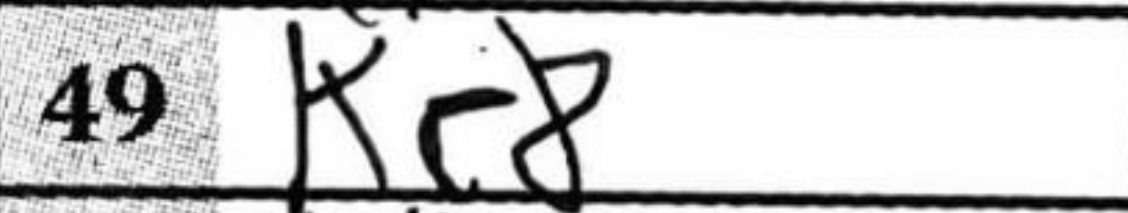
Transcription: Kc8